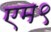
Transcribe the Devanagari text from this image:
एम९